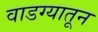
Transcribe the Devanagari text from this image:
वाडग्यातून